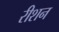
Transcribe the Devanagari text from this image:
रीशन